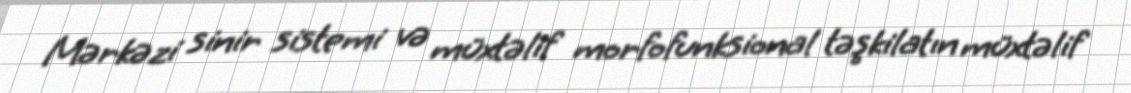
Mərkəzi sinir sistemi və müxtəlif morfofunksional təşkilatın müxtəlif